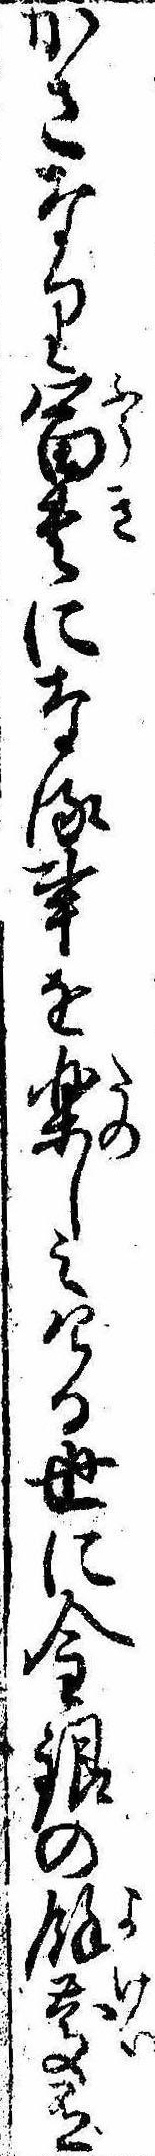
かさなり富貴になる事を楽しみける世に金銀の余慶有